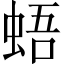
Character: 𧋋